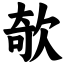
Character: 欹